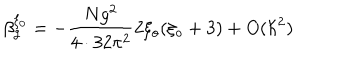
\beta _ { g } ^ { \xi _ { 0 } } = - \frac { N g ^ { 2 } } { 4 \cdot 3 2 \pi ^ { 2 } } 2 \xi _ { o } ( \xi _ { o } + 3 ) + O ( \hbar ^ { 2 } )